Document type: Sale
Year: 1274
Scribe: [Unknown]
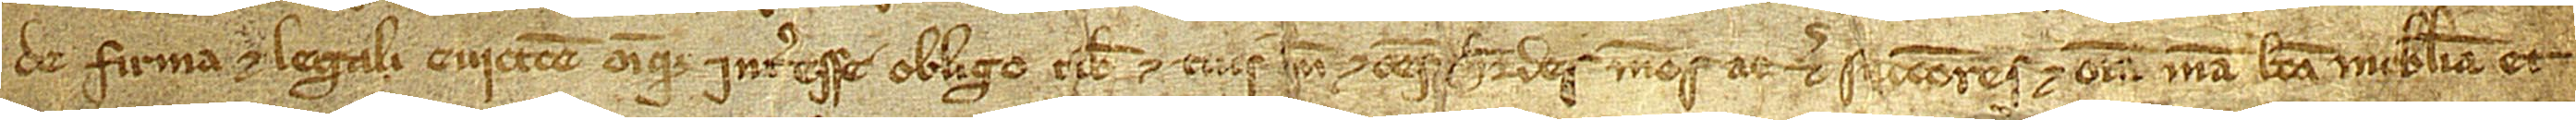
de firma et legali eviccione omnique interesse obligo tibi et tuis me et omnes heredes meos ac etiam successores, et omnia mea bona mobilia et